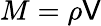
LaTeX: M=\rho\mathsf{V}